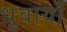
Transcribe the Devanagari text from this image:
ध्रुवायाँ